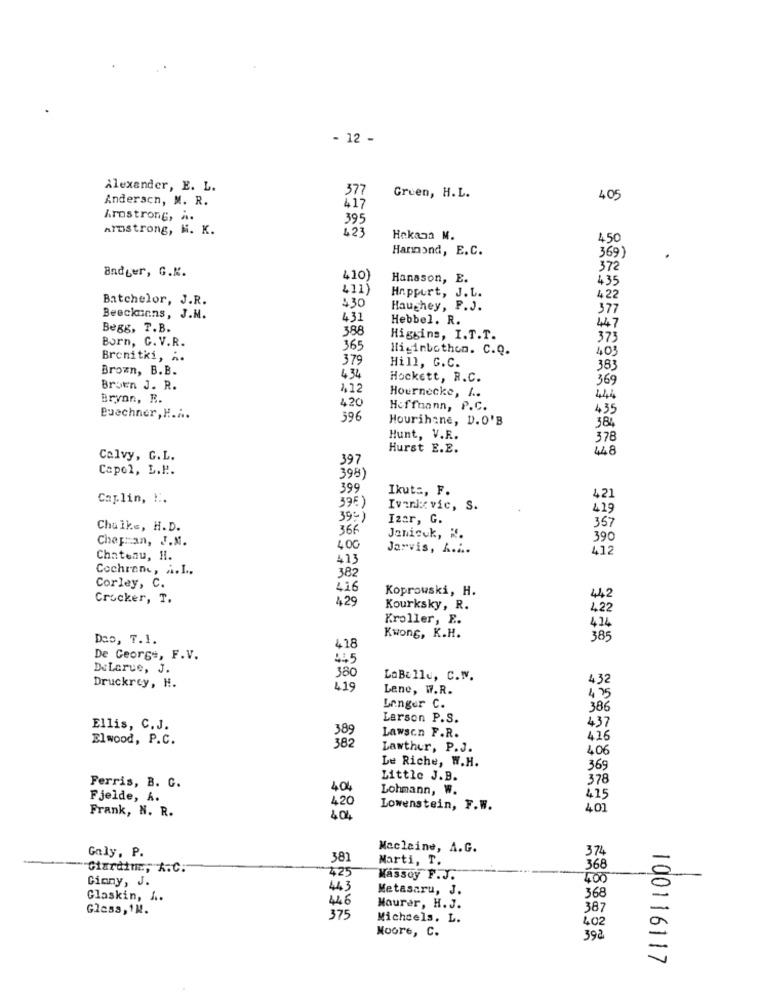
- 12 -
Alexander, E. L.
377
Anderscn, M. R.
Gruen, H.L.
405
417
Arostrong, a.
395
Armstrong, M. K.
423
Hakana M.
450
Hammond, E.C.
369)
Badger, G.K.
372
410)
Hanason, E.
435
411)
Batchelor, J.R.
$30
Happurt, J. L.
422
Haughey, P.J.
377
Beeckunns, J.M.
431
Hebbel. R.
Begg, T.B.
388
447
Born, C. V.R.
Higgins, I.T.T.
373
365
Miginbothon. C.Q.
403
Brenitki, A.
379
Hill, G.C.
Brown, B. B.
4.34
383
Hockett, R.C.
369
Broen J. R.
Hournecke, I ..
Bryan, B.
420
444
Hoffmann, P.C.
435
Buechner, H.i ..
396
Hourihane, D.O'B
384
Hunt, V.R.
378
Hurst E.E.
448
Calvy, G.L.
397
Capol, L.P.
398)
399
Ikut :, F.
Caplin, ".
395)
421
Ivankovic, S.
419
39.º1
Izar, G.
357
Chalk .., H.D.
366
Chapman, J.M.
Janicek, K.
390
Jarvis, A ....
412
Chateau, H.
413
Cochrane, A.I .,
382
Corley, C.
416
Koprowski, H.
Crocker, T.
429
442
Kourksky, R.
422
Kroller, E.
414
Das, T.1.
Kwong, K.H.
385
418
De George, F.V.
445
DeLarue, J.
380
LaBelle, C.N.
432
Druckrey, H.
419
Lene, W7.R.
4.75
Lenger C.
386
Larson P.S.
Ellis, C.J.
389
437
Elwood, P.C.
382
Lawson F.R.
426
Lawther, P.J.
406
Le Riche, W.H.
369
Little J.B.
378
Ferris, B. C.
404
Lohmann, W.
Fjelde, A.
420
415
Frank, N. R.
Lowenstein, F.W.
401
404
Galy, P.
Maclaine, A.G.
374
381
Marti, T.
- Ctardim ::, A.C.
425
368
Ginny, J.
Mássoy F.J.
400
443
Metasaru, J.
Glaskin, A ..
446
368
Glass, 1M.
Maurer, H.J.
387
375
Michcels. L.
402
Moore, C.
392
100116117